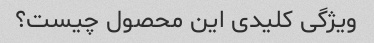
ویژگی کلیدی این محصول چیست؟